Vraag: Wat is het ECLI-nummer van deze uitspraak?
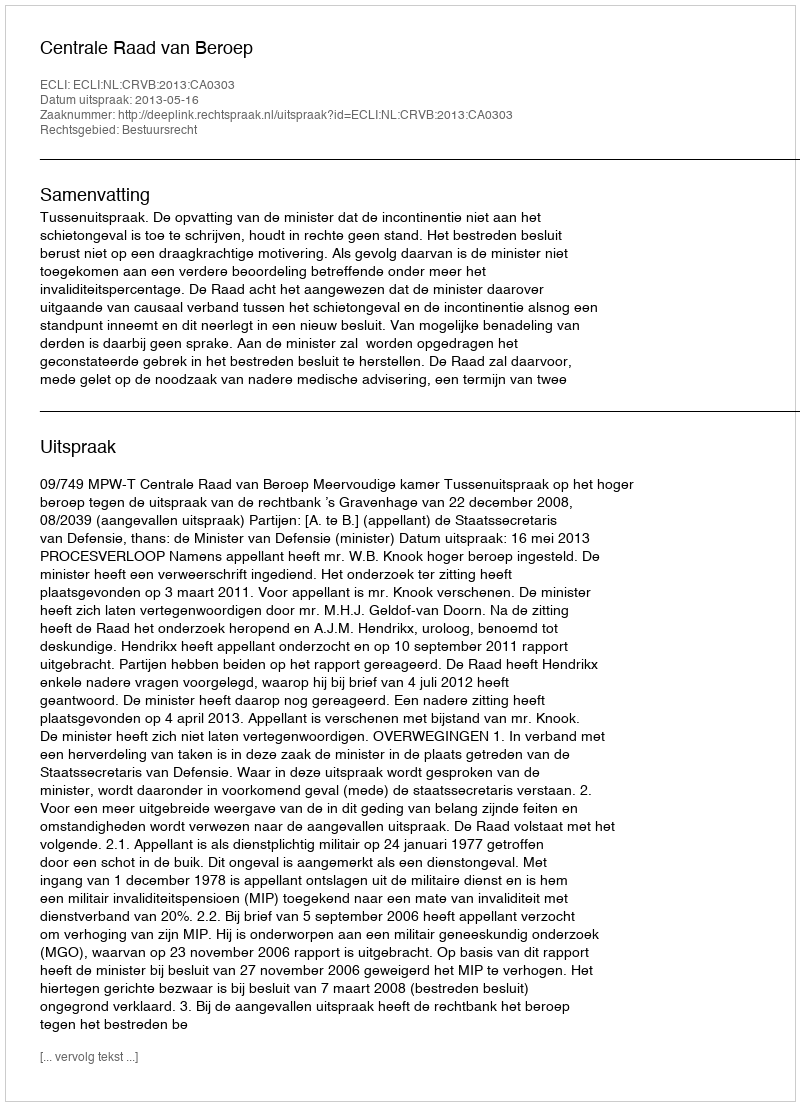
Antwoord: ECLI:NL:CRVB:2013:CA0303